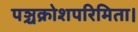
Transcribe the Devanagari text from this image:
पञ्चक्रोशपरिमिता।